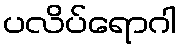
ပလိပ်ရောဂါ